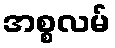
အစ္စလမ်